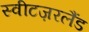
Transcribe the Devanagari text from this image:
स्वीटज़रलैंड